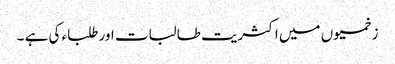
زخمیوں میں اکثریت طالبات اور طلباء کی ہے ۔